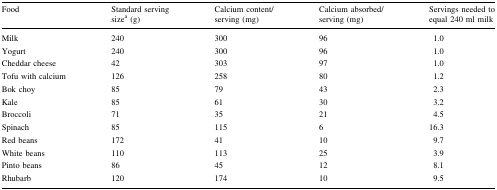
<table><thead><tr><td><b>Food</b></td><td><b>Standard serving size<sup>a</sup> (g)</b></td><td><b>Calcium content/serving (mg)</b></td><td><b>Calcium absorbed/serving (mg)</b></td><td><b>Servings needed to equal 240 ml milk</b></td></tr></thead><tbody><tr><td>Milk</td><td>240</td><td>300</td><td>96</td><td>1.0</td></tr><tr><td>Yogurt</td><td>240</td><td>300</td><td>96</td><td>1.0</td></tr><tr><td>Cheddar cheese</td><td>42</td><td>303</td><td>97</td><td>1.0</td></tr><tr><td>Tofu with calcium</td><td>126</td><td>258</td><td>80</td><td>1.2</td></tr><tr><td>Bok choy</td><td>85</td><td>79</td><td>43</td><td>2.3</td></tr><tr><td>Kale</td><td>85</td><td>61</td><td>30</td><td>3.2</td></tr><tr><td>Broccoli</td><td>71</td><td>35</td><td>21</td><td>4.5</td></tr><tr><td>Spinach</td><td>85</td><td>115</td><td>6</td><td>16.3</td></tr><tr><td>Red beans</td><td>172</td><td>41</td><td>10</td><td>9.7</td></tr><tr><td>White beans</td><td>110</td><td>113</td><td>25</td><td>3.9</td></tr><tr><td>Pinto beans</td><td>86</td><td>45</td><td>12</td><td>8.1</td></tr><tr><td>Rhubarb</td><td>120</td><td>174</td><td>10</td><td>9.5</td></tr></tbody></table>